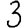
Digit: 3